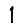
Digit: 1